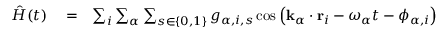
\begin{array} { r l r } { \hat { H } ( t ) } & { { } = } & { \sum _ { i } \sum _ { \alpha } \sum _ { s \in \left\{ 0 , 1 \right\} } g _ { \alpha , i , s } \cos \left( { \mathbf k } _ { \alpha } \cdot { \mathbf r } _ { i } - \omega _ { \alpha } t - \phi _ { \alpha , i } \right) } \end{array}